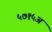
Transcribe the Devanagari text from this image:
५७१५अ